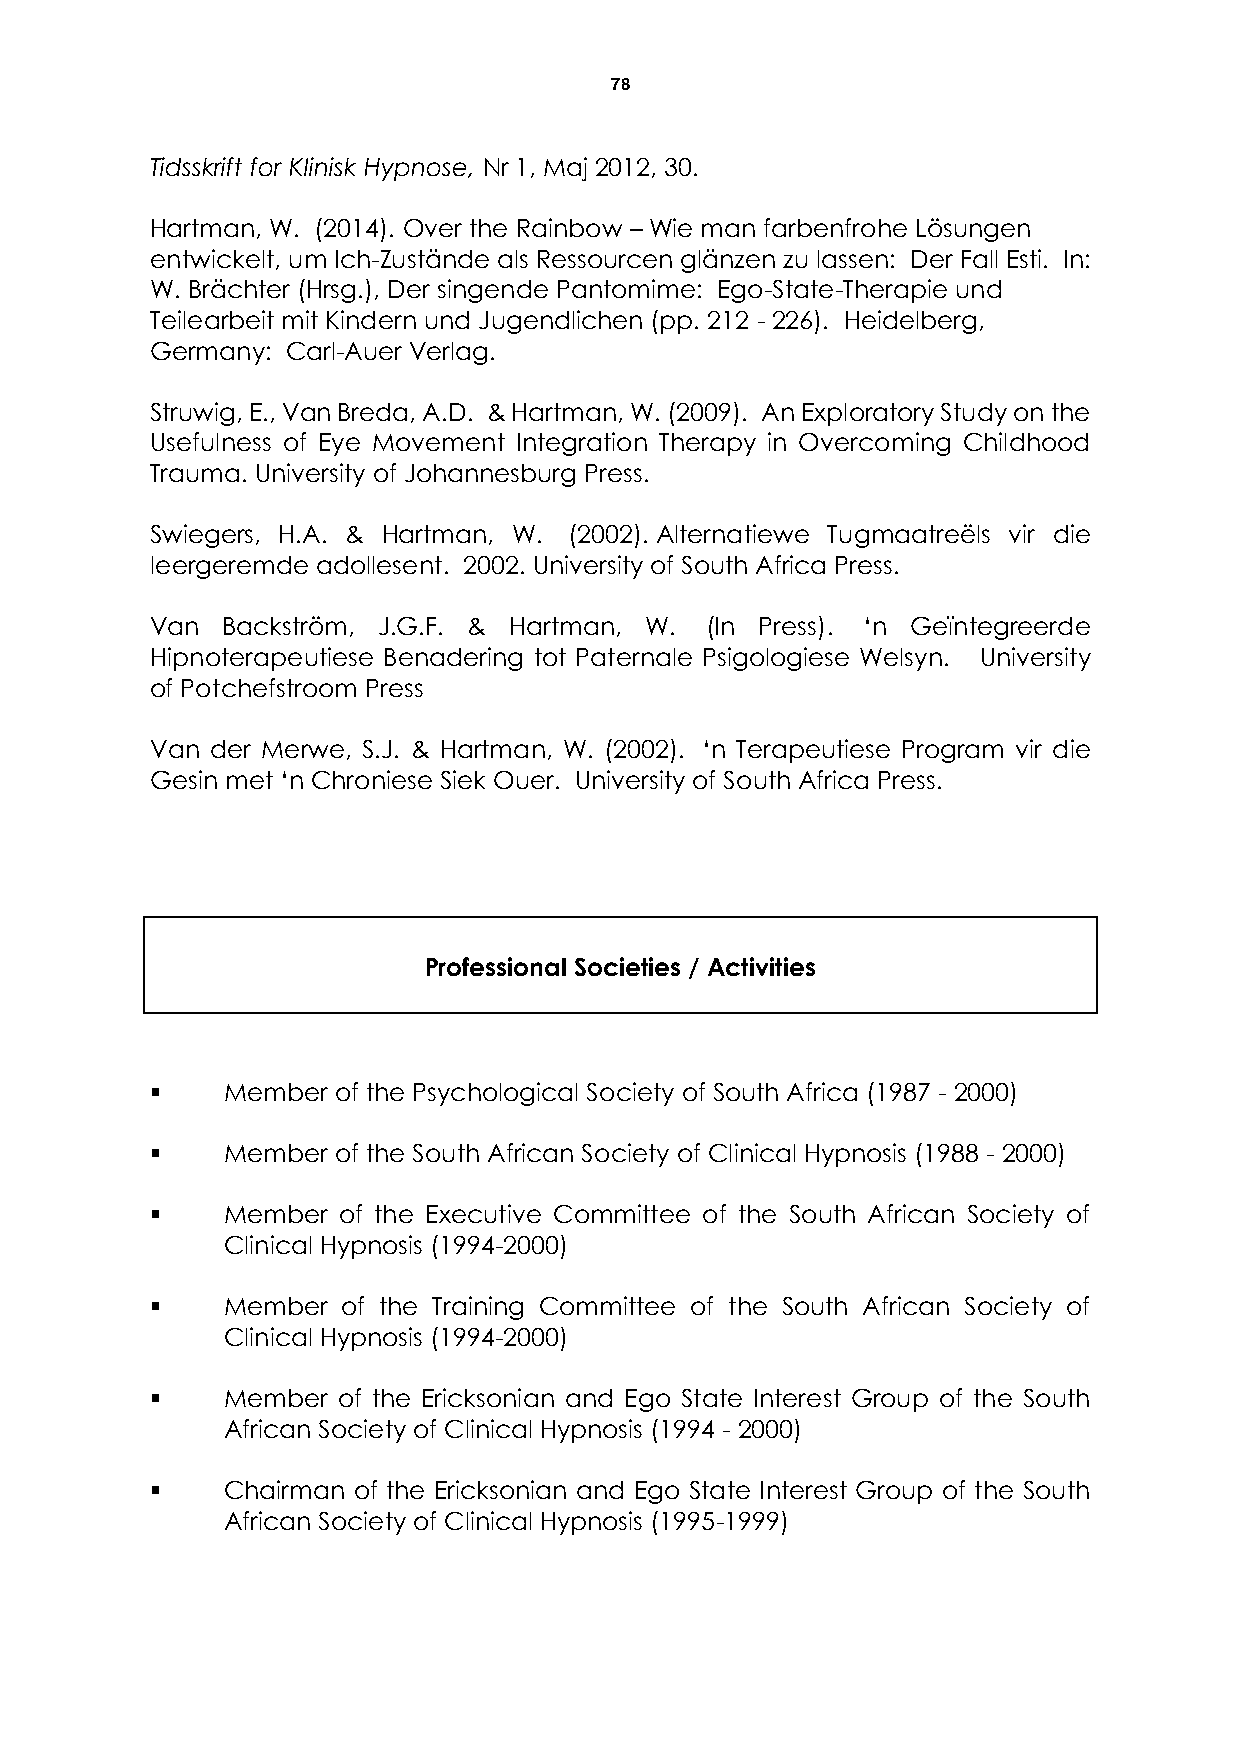
78
 Tidsskrift for Klinisk Hypnose, Nr 1, Maj 2012, 30.
 Hartman, W. (2014). Over the Rainbow – Wie man farbenfrohe Lösungen
 entwickelt, um Ich-Zustände als Ressourcen glänzen zu lassen: Der Fall Esti. In:
 W. Brächter (Hrsg.), Der singende Pantomime: Ego-State-Therapie und
 Teilearbeit mit Kindern und Jugendlichen (pp. 212 - 226). Heidelberg,
 Germany: Carl-Auer Verlag.
 Struwig, E., Van Breda, A.D. & Hartman, W. (2009). An Exploratory Study on the
 Usefulness of Eye Movement Integration Therapy in Overcoming Childhood
 Trauma. University of Johannesburg Press.
 Swiegers, H.A. & Hartman, W. (2002). Alternatiewe Tugmaatreëls vir die
 leergeremde adollesent. 2002. University of South Africa Press.
 Van  Backström, J.G.F. & Hartman, W. (In Press). ‘n Geïntegreerde
 Hipnoterapeutiese Benadering tot Paternale Psigologiese Welsyn. University
 of Potchefstroom Press
 Van der Merwe, S.J. & Hartman, W. (2002). ‘n Terapeutiese Program vir die
 Gesin met ‘n Chroniese Siek Ouer. University of South Africa Press.
 Professional Societies / Activities
     Member of the Psychological Society of South Africa (1987 - 2000)
     Member of the South African Society of Clinical Hypnosis (1988 - 2000)
     Member of the Executive Committee of the South African Society of
 Clinical Hypnosis (1994-2000)
     Member  of the Training Committee of the South African Society of
 Clinical Hypnosis (1994-2000)
     Member of the Ericksonian and Ego State Interest Group of the South
 African Society of Clinical Hypnosis (1994 - 2000)
     Chairman of the Ericksonian and Ego State Interest Group of the South
 African Society of Clinical Hypnosis (1995-1999)